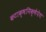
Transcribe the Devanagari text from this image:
कटाक्षनिक्षेपेण